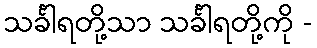
သင်္ခါရတို့သာ သင်္ခါရတို့ကို -